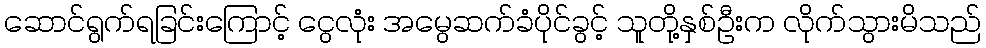
ဆောင်ရွက်ရခြင်းကြောင့် ငွေလုံး အမွေဆက်ခံပိုင်ခွင့် သူတို့နှစ်ဦးက လိုက်သွားမိသည်